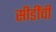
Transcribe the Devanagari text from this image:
सीडींची